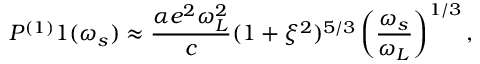
P ^ { ( 1 ) } 1 ( \omega _ { s } ) \approx \frac { \alpha e ^ { 2 } \omega _ { L } ^ { 2 } } { c } ( 1 + \xi ^ { 2 } ) ^ { 5 / 3 } \left( \frac { \omega _ { s } } { \omega _ { L } } \right) ^ { 1 / 3 } ,